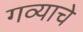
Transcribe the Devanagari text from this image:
गव्याचे